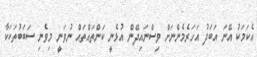
އެކަމަކު އޭނަ އަބަދު އަހަރެމެންނަށް ވިސްނައިދޭން އުޅެނީ ކަންތައްތައް ނުވަނީ މިވެނި ސަބަބުތަކަކާ